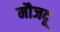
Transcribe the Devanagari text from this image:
मौजदू